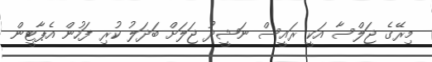
މިރޭގެ ޖަލްސާ އަކީ ރައީސް ނަޝީދު ޖަލަށް ބަދަލު ކުރި ފަހުން އެޕާޓީން